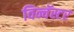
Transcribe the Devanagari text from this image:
विन्चॅस्टर